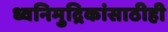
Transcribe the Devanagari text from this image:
ध्वनिमुद्रिकांसाठीही